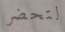
لتحضر